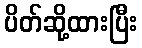
ပိတ်ဆို့ထားပြီး